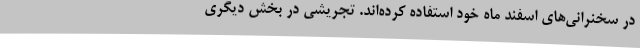
در سخنرانی‌های اسفند ماه خود استفاده کرده‌اند. تجریشی در بخش دیگری